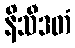
နိသီဒတံ